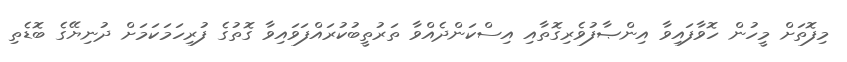
މިފޮތަށް މީހުން ހޮވާފައިވާ އިންޞާފުވެރިގޮތާއި އިސްކަންދެއްވާ ތަރުތީބުކުރައްފަވައިވާ ގޮތުގެ ފުރިހަމަކަމަށް ދުނިޔޭގެ ބޮޑެތި